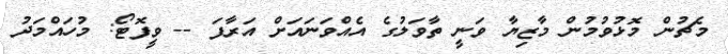
މެޗުން މޮޅުވުމުން މާޒިޔާ ވަނީ ތާވަލުގެ އެއްވަނައަށް އަރާފަ -- ވީފޮޓޯ: މުހައްމަދު